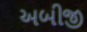
અબીજી